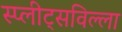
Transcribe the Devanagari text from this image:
स्प्लीट्सविल्ला